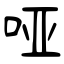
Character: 哑